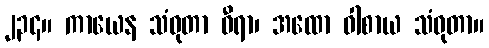
၂၃၄။ ကာယေန သံဝုတာ ဓီရာ၊ အထော ဝါစာယ သံဝုတာ။